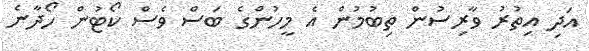
އަދި އިތުރު ވާރިސުން ތިބުމުން އެ މީހުންގެ ބަސް ވެސް ކޯޓުން ހޯދާނެ